Document type: Dowry acquittance
Year: 1240
Scribe: Pere de Bages
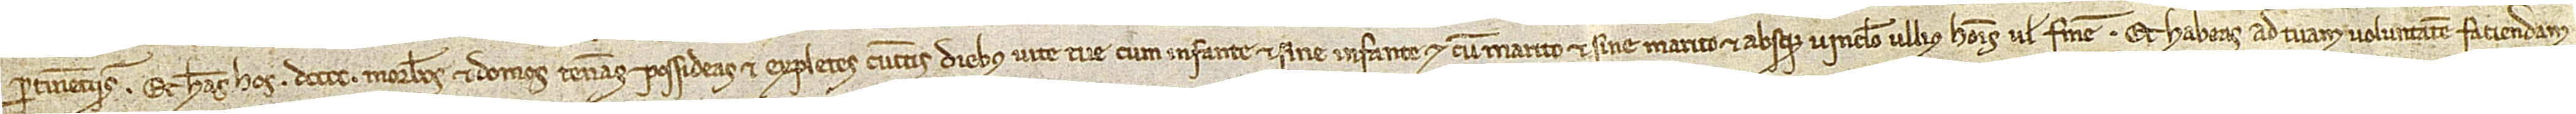
pertinenciis. Et habeas hos DCCCC morabatinos et domos teneas, possideas et expletes cunctis diebus vite tue, cum infante et sine infante, et cum marito et sine marito, et absque vinculo ullius hominis vel femine. Et habeas ad tuam voluntatem faciendam